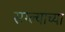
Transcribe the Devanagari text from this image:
सग्ल्याच्या